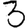
Digit: 3